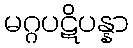
မဂ္ဂပဋိပန္နာ